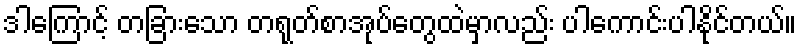
ဒါကြောင့် တခြားသော တရုတ်စာအုပ်တွေထဲမှာလည်း ပါကောင်းပါနိုင်တယ်။